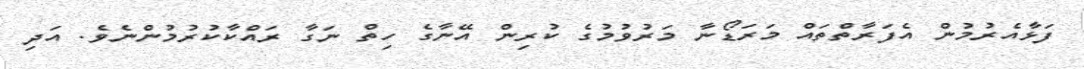
ފަޅާއެރުމުން އެފަރާތްތައް މަރަޑޯނާ މަރުވުމުގެ ކުރިން އޭނާގެ ހިތް ނަގާ ރައްކާކުރުމުންނެވެ. އަދި